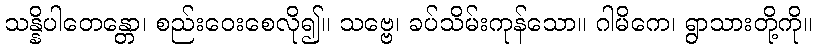
သန္နိပါတေန္တော၊ စည်းဝေးစေလို၍။ သဗ္ဗေ၊ ခပ်သိမ်းကုန်သော။ ဂါမိကေ၊ ရွာသားတို့ကို။